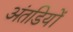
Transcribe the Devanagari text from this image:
अंतडियों